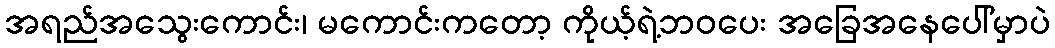
အရည်အသွေးကောင်း၊ မကောင်းကတော့ ကိုယ့်ရဲ့ဘဝပေး အခြေအနေပေါ်မှာပဲ